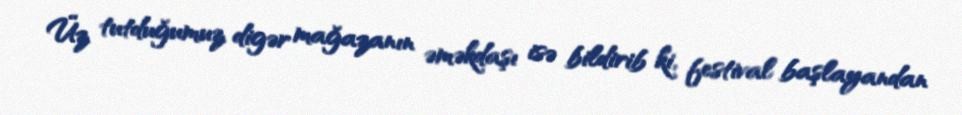
Üz tutduğumuz digər mağazanın əməkdaşı isə bildirib ki, festival başlayandan